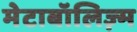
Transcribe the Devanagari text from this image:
मेटाबॉलिज़्म